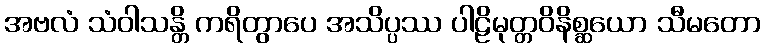
အဗလံ သံဝါသန္တိ ကရိတွာပေ အသိပ္ပဿ ပါဠိမုတ္တဝိနိစ္ဆယော သီမတော